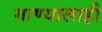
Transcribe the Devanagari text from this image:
गाण्यालाही